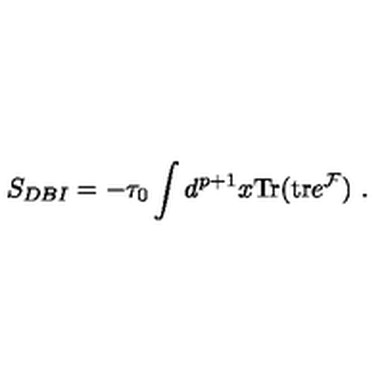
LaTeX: S _ { D B I } = - { \tau _ { 0 } } \int d ^ { p + 1 } x \mathrm { T r } ( \mathrm { t r } e ^ { { \cal F } } ) \ .